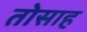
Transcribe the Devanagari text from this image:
तोसाह